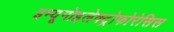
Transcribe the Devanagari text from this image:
इम्यूनोइलेक्ट्रोफोरेसिस